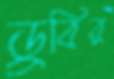
ডুবির